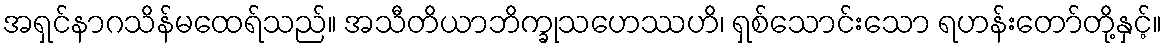
အရှင်နာဂသိန်မထေရ်သည်။ အသီတိယာဘိက္ခုသဟေဿဟိ၊ ရှစ်သောင်းသော ရဟန်းတော်တို့နှင့်။